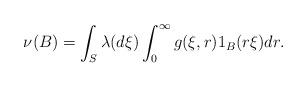
LaTeX: \begin{align*}\nu(B)=\int_{S}\lambda(d\xi)\int_0^\infty g(\xi,r)1_B(r\xi)dr.\end{align*}